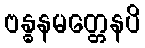
ဗန္ဓနမတ္တေနပိ